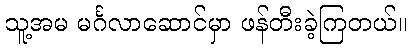
သူ့အမ မင်္ဂလာဆောင်မှာ ဖန်တီးခဲ့ကြတယ်။